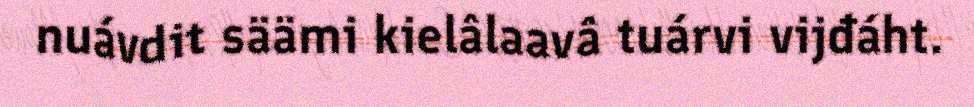
nuávdit säämi kielâlaavâ tuárvi vijđáht.